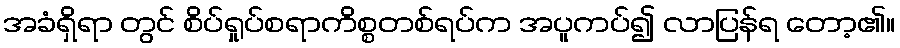
အခံရှိရာ တွင် စိပ်ရှုပ်စရာကိစ္စတစ်ရပ်က အပူကပ်၍ လာပြန်ရ တော့၏။